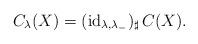
LaTeX: \begin{align*}C_\lambda(X)=(\mathrm{id}_{\lambda,\lambda_-})_\sharp\,C(X).\end{align*}